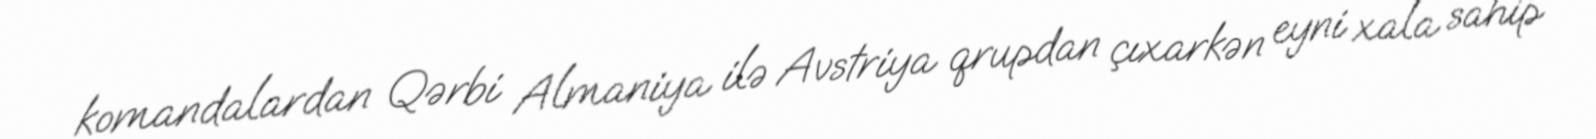
komandalardan Qərbi Almaniya ilə Avstriya qrupdan çıxarkən eyni xala sahip